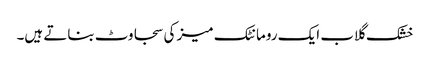
خشک گلاب ایک رومانٹک میز کی سجاوٹ بناتے ہیں۔